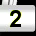
Digit: 2